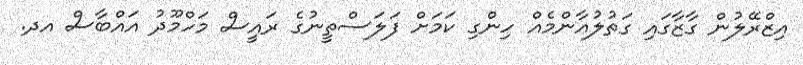
އިޒްރޭލުން ގާޒާގައި ގަތުލުއާންމެއް ހިންގި ކަމަށް ފަލަސްތީނުގެ ރައީސް މަހްމޫދު އައްބާސް އދ.